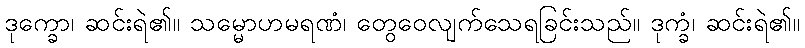
ဒုက္ခော၊ ဆင်းရဲ၏။ သမ္မောဟမရဏံ၊ တွေဝေလျက်သေရခြင်းသည်။ ဒုက္ခံ၊ ဆင်းရဲ၏။